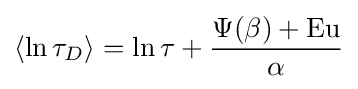
\langle \ln \tau _{D}\rangle =\ln \tau +{\Psi (\beta )+{\rm {Eu}} \over \alpha }